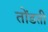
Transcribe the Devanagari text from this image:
तोंडती